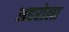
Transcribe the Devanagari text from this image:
अहरोला